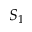
S _ { 1 }